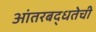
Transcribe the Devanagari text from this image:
आंतरबद्धतेची